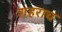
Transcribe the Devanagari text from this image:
शहराच